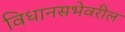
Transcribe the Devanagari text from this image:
विधानसभेवरील